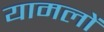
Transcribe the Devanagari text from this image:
यामलों